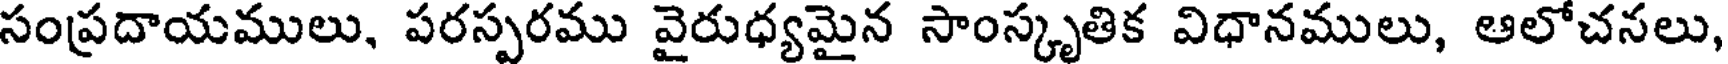
సంప్రదాయములు, పరస్పరము వైరుధ్యమైన సాంస్కృతిక విధానములు, ఆలోచనలు,